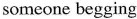
someone begging